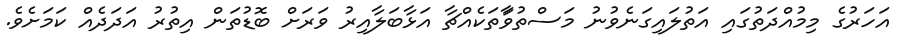
އަހަރުގެ މިމުއްދަތުގައި އަތުލައިގަނެވުނު މަސްތުވާަތަކެއްޗާ އަޅާބަލާއިރު ވަރަށް ބޮޑުތަން އިތުރު އަދަދެއް ކަމަށެވެ.